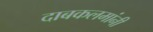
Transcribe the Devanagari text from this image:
दाबकलमांनी